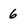
Character: 6